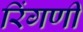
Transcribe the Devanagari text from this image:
रिंगणी